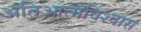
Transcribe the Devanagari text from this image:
अतिआत्मविश्वास